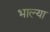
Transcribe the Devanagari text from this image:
भाल्या